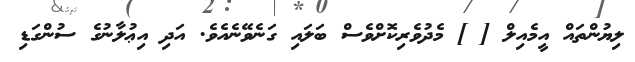
ލިޔުންތައް އީމެއިލް [ ] މެދުވެރިކޮށްވެސް ބަލައި ގަނެވޭނެއެވެ. އަދި އިޢުލާނުގެ ސުންގަޑި